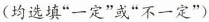
(均选填”一定”或”不一定”)